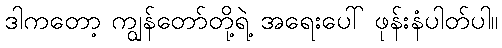
ဒါကတော့ ကျွန်တော်တို့ရဲ့ အရေးပေါ် ဖုန်းနံပါတ်ပါ။